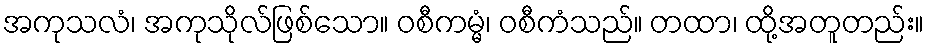
အကုသလံ၊ အကုသိုလ်ဖြစ်သော။ ဝစီကမ္မံ၊ ဝစီကံသည်။ တထာ၊ ထို့အတူတည်း။